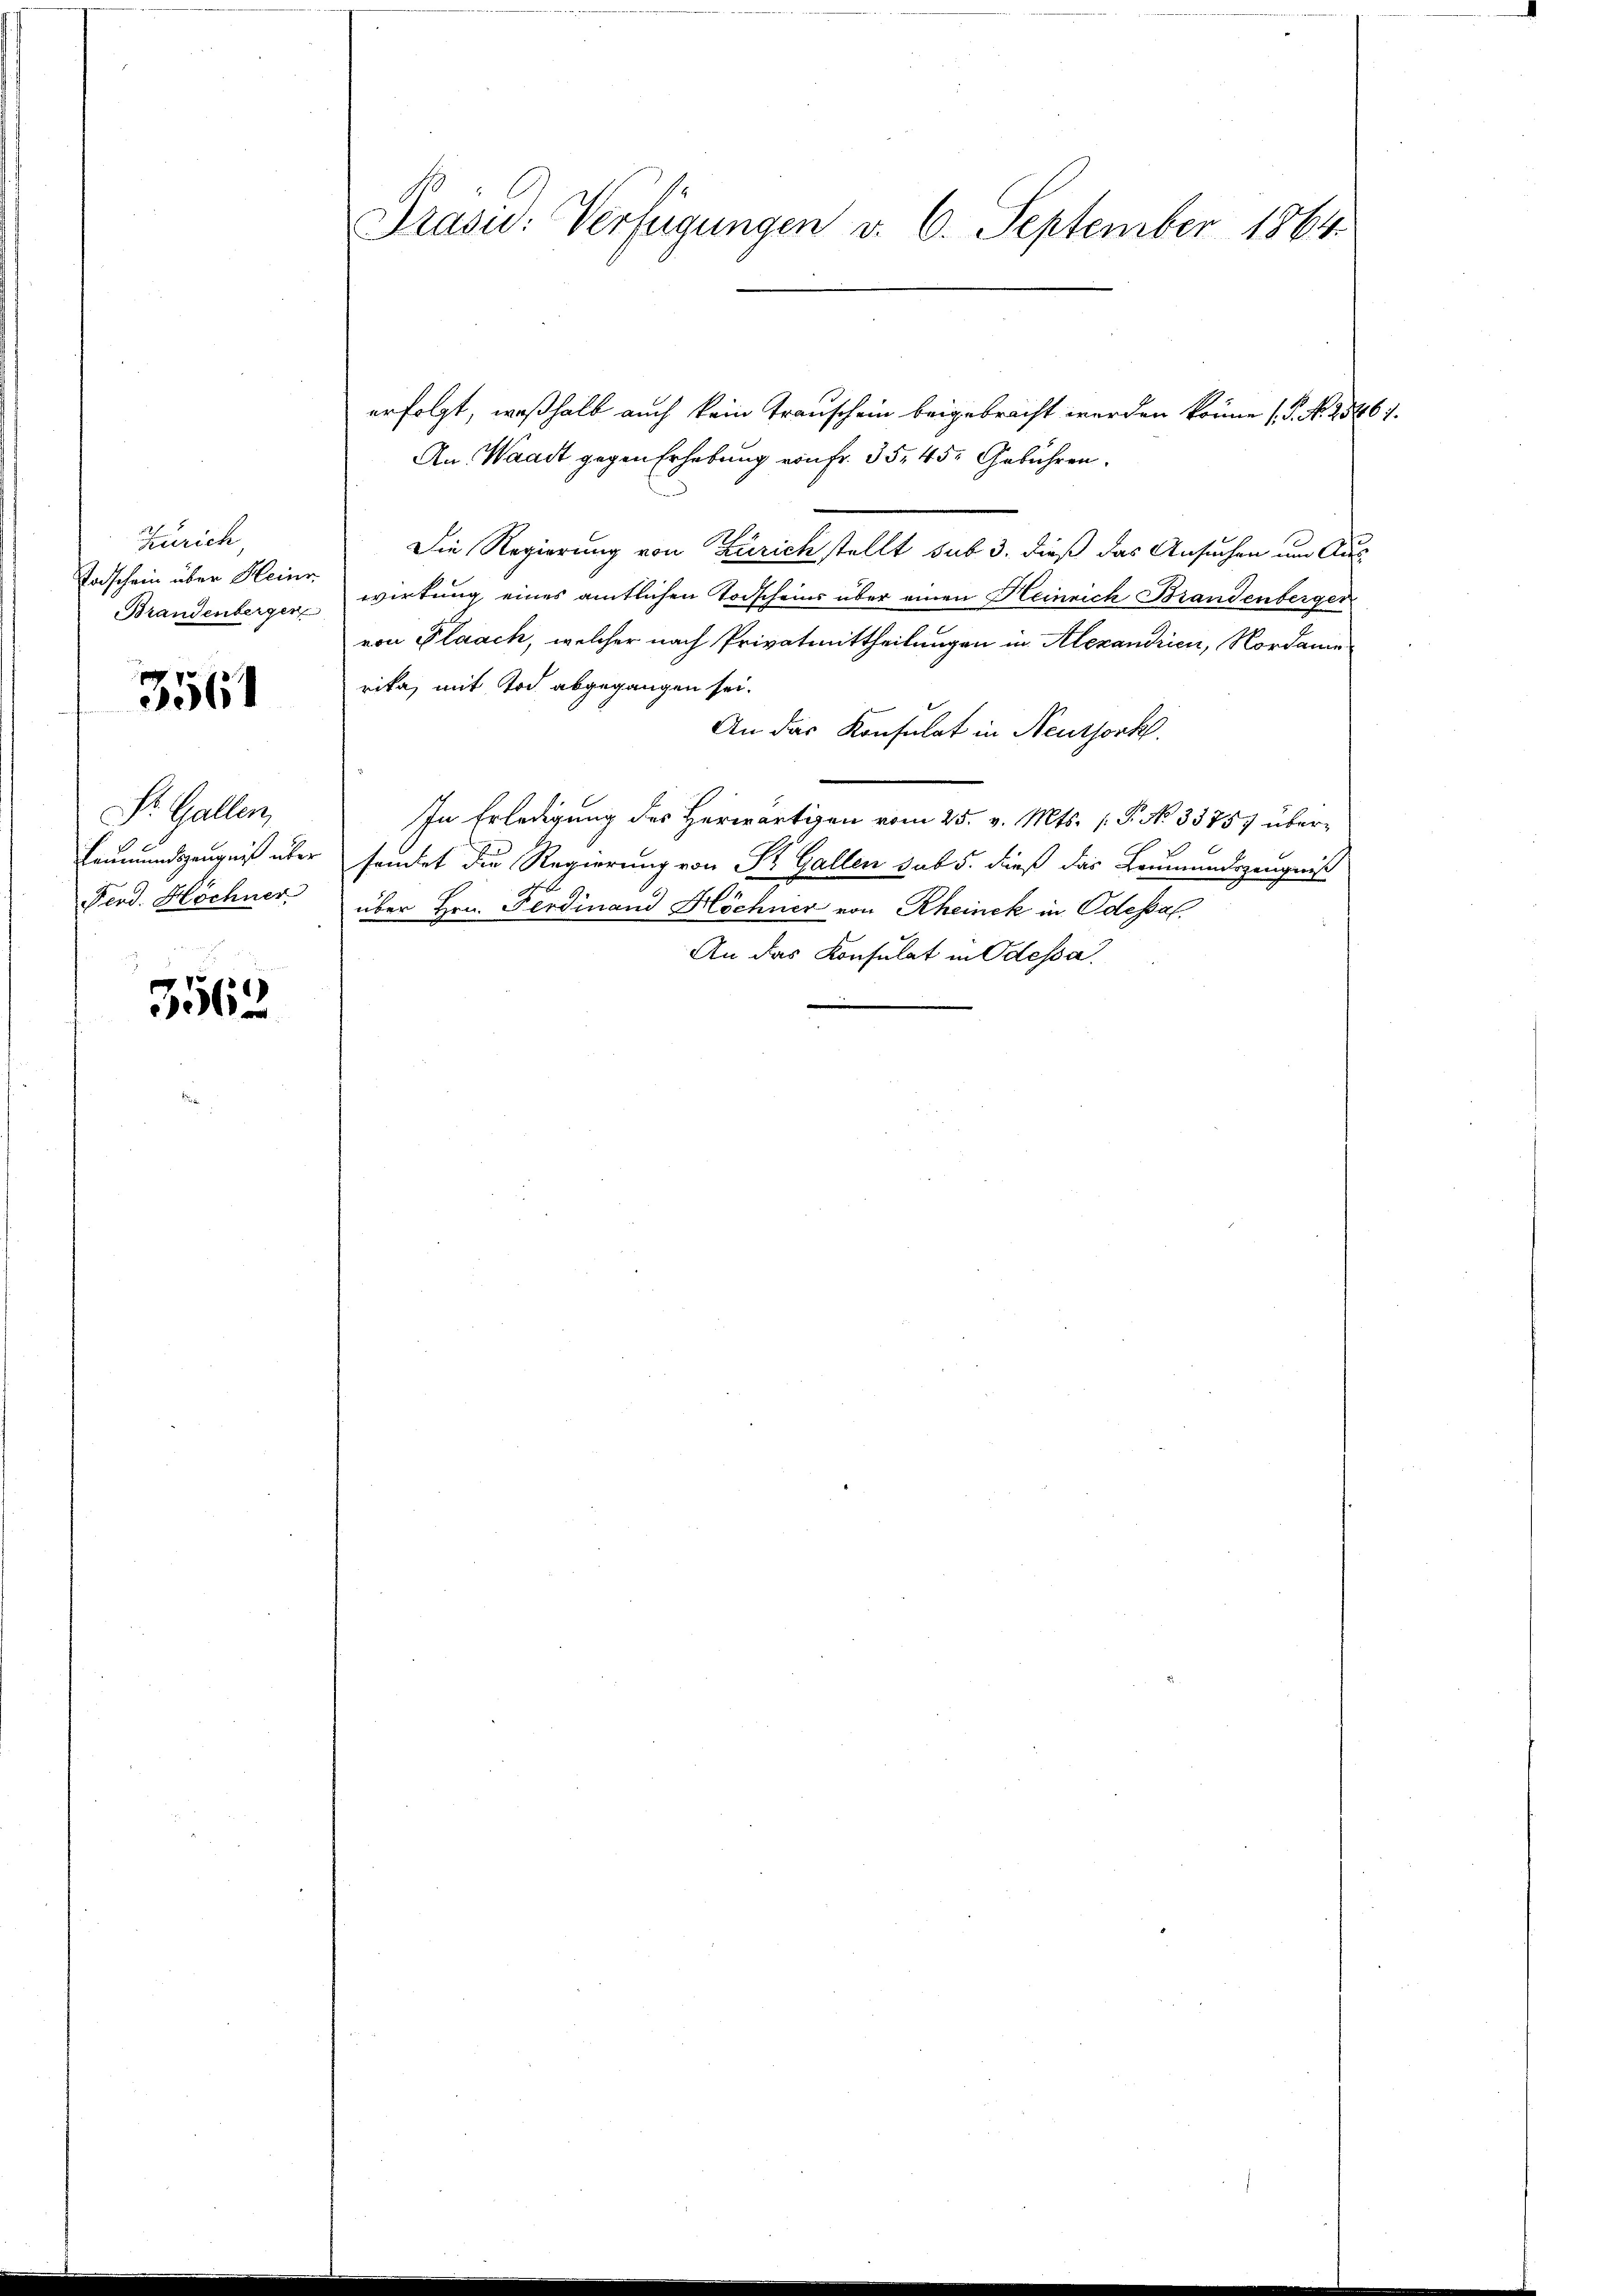
Zürich,
Todschein über Heinr.
St. Gallen,

3561

3562

Die Regierung von Zürich stellt sub 3. dieß das Ansuchen um Aus-
Brandenberger wirkung eines amtlichen Todscheins über einen Heinrich Brandenberger
von Plaach, welcher nach Privatmittheilungen in Alexandrien, Nordame
rika, mit Tod abgegangen sei.
An das Konsulat in Neuthork
In Erledigung des Herwärtigen vom 25. v. Mts. (T. No 33757 über¬
Leumundszeugniß über fandet die Regierung von Dr. Gallen sub 5. dieß das Leumundszeugniß
Ferd. Höchner über Hrn. Ferdinand Höchner von Rheinek in Odessal
An das Konsulat in Odessa.

Präsid. Verfügungen v. 6. September 1864.

erfolgt, weßhalb auch kein Transchein beigebracht werden könne (S. N. 25467.
An: Waadt gegen Erhebung von Fr. 35, 45. Gebühren.